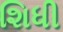
શિધી